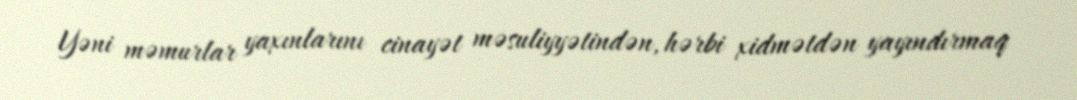
Yəni məmurlar yaxınlarını cinayət məsuliyyətindən, hərbi xidmətdən yayındırmaq